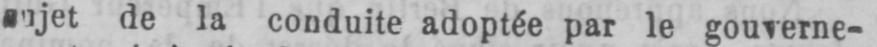
de la conduite adoptée par le gouverne-